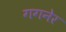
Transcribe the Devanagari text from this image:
गगनेर